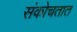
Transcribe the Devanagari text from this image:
संकोचतात